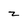
Character: z